Indian journal of veterinary science and animal husbandry - Volume 2,
Year: 1932
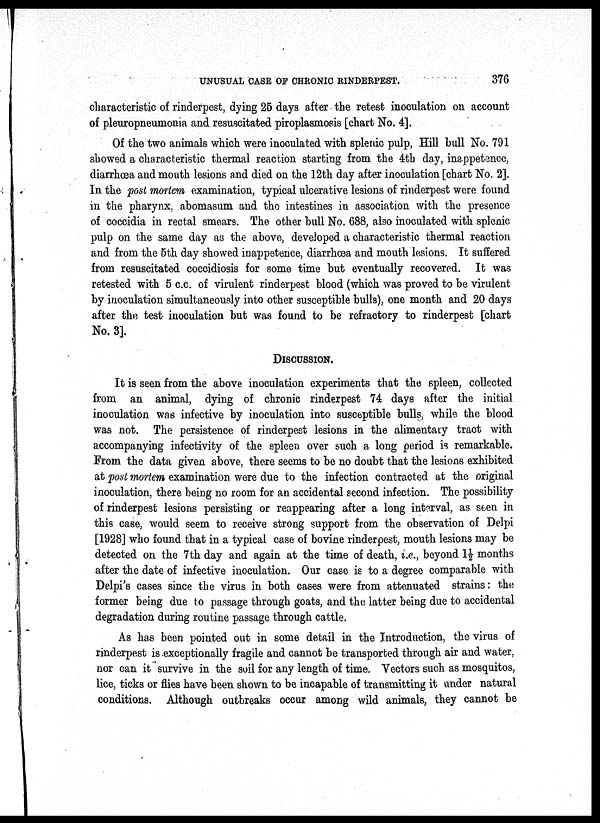
UNUSUAL CASE OF CHRONIC RINDERPEST.
376
characteristic of rinderpest, dying 25 days after the retest inoculation on account
of pleuropneumonia and resuscitated piroplasmosis [chart No. 4].
Of the two animals which were inoculated with splenic pulp, Hill bull No. 791
showed a characteristic thermal reaction starting from the 4th day, inappetence,
diarrhœa and mouth lesions and died on the 12th day after inoculation [chart No. 2].
In the post mortem examination, typical ulcerative lesions of rinderpest were found
in the pharynx, abomasum and the intestines in association with the presence
of coccidia in rectal smears. The other bull No. 688, also inoculated with splenic
pulp on the same day as the above, developed a characteristic thermal reaction
and from the 5th day showed inappetence, diarrhœa and mouth lesions. It suffered
from resuscitated coccidiosis for some time but eventually recovered. It was
retested with 5 c.c. of virulent rinderpest blood (which was proved to be virulent
by inoculation simultaneously into other susceptible bulls), one month and 20 days
after the test inoculation but was found to be refractory to rinderpest [chart
No. 3].
DISCUSSION.
It is seen from the above inoculation experiments that the spleen, collected
from an animal, dying of chronic rinderpest 74 days after the initial
inoculation was infective by inoculation into susceptible bulls, while the blood
was not. The persistence of rinderpest lesions in the alimentary tract with
accompanying infectivity of the spleen over such a long period is remarkable.
From the data given above, there seems to be no doubt that the lesions exhibited
at post mortem examination were due to the infection contracted at the original
inoculation, there being no room for an accidental second infection. The possibility
of rinderpest lesions persisting or reappearing after a long interval, as seen in
this case, would seem to receive strong support from the observation of Delpi
[1928] who found that in a typical case of bovine rinderpest, mouth lesions may be
detected on the 7th day and again at the time of death, i.e., beyond 1½ months
after the date of infective inoculation. Our case is to a degree comparable with
Delpi's cases since the virus in both cases were from attenuated strains: the
former being due to passage through goats, and the latter being due to accidental
degradation during routine passage through cattle.
As has been pointed out in some detail in the Introduction, the virus of
rinderpest is exceptionally fragile and cannot be transported through air and water,
nor can it survive in the soil for any length of time. Vectors such as mosquitos,
lice, ticks or flies have been shown to be incapable of transmitting it under natural
conditions. Although outbreaks occur among wild animals, they cannot be